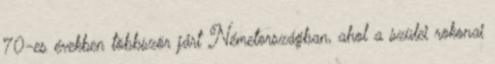
’70-es években többször járt Németországban, ahol a szülei rokonai